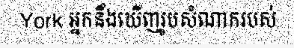
York អ្នកនឹងឃើញរូបសំណាករបស់